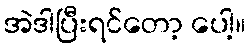
အဲဒါပြီးရင်တော့ ပေါ့။